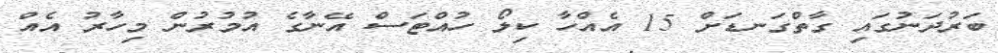
ބަރުދަނުގައި ގާތްގަނޑަށް 15 އެއްހާ ކިލޯ ހުއްޓަސް އޭނާގެ އުމުރުން މިހާރު އެއް